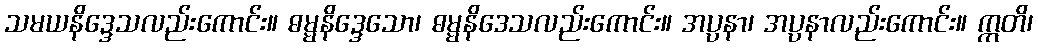
သမယနိဒ္ဒေသလည်းကောင်း။ ဓမ္မနိဒ္ဒေသော၊ ဓမ္မနိဒေသလည်းကောင်း။ အပ္ပနာ၊ အပ္ပနာလည်းကောင်း။ ဣတိ၊